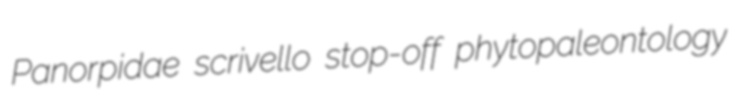
Panorpidae scrivello stop-off phytopaleontology